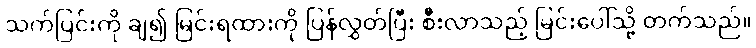
သက်ပြင်းကို ချ၍ မြင်းရထားကို ပြန်လွှတ်ပြီး စီးလာသည့် မြင်းပေါ်သို့ တက်သည်။